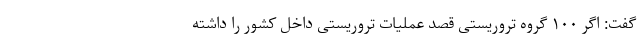
گفت: اگر ۱۰۰ گروه تروریستی قصد عملیات تروریستی داخل کشور را داشته